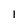
Character: l